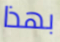
بهذا